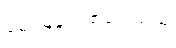
မေးမြန်းဖြစ်ခဲ့ပါသည်